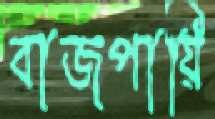
বাজপায়ি